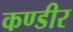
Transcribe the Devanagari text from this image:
कण्डीर